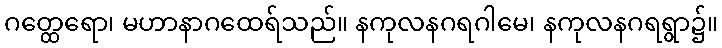
ဂတ္ထေရော၊ မဟာနာဂထေရ်သည်။ နကုလနဂရဂါမေ၊ နကုလနဂရရွာ၌။